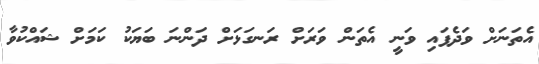
އެތަނަށް ވަދެފައި ވަނީ އެތަން ވަރަށް ރަނގަޅަށް ދަންނަ ބަޔަކު ކަމަށް ޝައްކުވާ